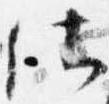
仕